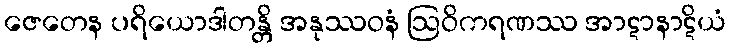
ဇေတေန ပရိယောဒါတန္တိ အနုဿဝနံ ဩဝိကရဏဿ အာဋာနာဋိယံ